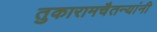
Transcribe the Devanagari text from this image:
तुकारामचैतन्यांनी